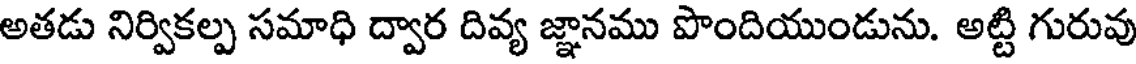
అతడు నిర్వికల్ప సమాధి ద్వార దివ్య జ్ఞానము పొందియుండును. అట్టి గురువు